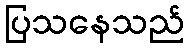
ပြသနေသည်